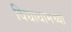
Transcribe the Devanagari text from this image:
विद्याधामच्या